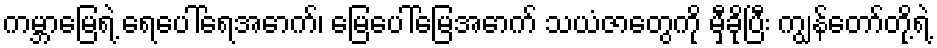
ကမ္ဘာမြေရဲ့ ရေပေါ်ရေအောက်၊ မြေပေါ်မြေအောက် သယံဇာတွေကို မှီခိုပြီး ကျွန်တော်တို့ရဲ့